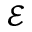
\mathcal { E }